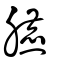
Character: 臕